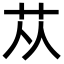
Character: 苁